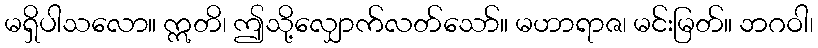
မရှိပါသလော။ ဣတိ၊ ဤသို့လျှောက်လတ်သော်။ မဟာရာဇ၊ မင်းမြတ်။ ဘဂဝါ၊